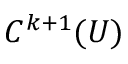
C ^ { k + 1 } ( U )